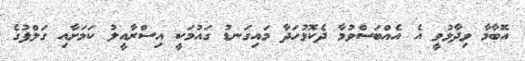
އޮބާމާ ވިދާޅުވީ އެ އެއްބަސްވުމާ ދެކޮޅުހަދާ މައިގަނޑު ގައުމަކީ އިސްރާއީލު ކަމަށާއި ގަލްފުގެ